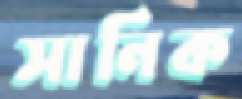
সানিক